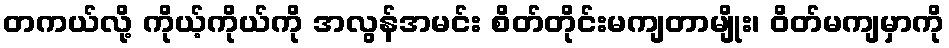
တကယ်လို့ ကိုယ့်ကိုယ်ကို အလွန်အမင်း စိတ်တိုင်းမကျတာမျိုး၊ ဝိတ်မကျမှာကို